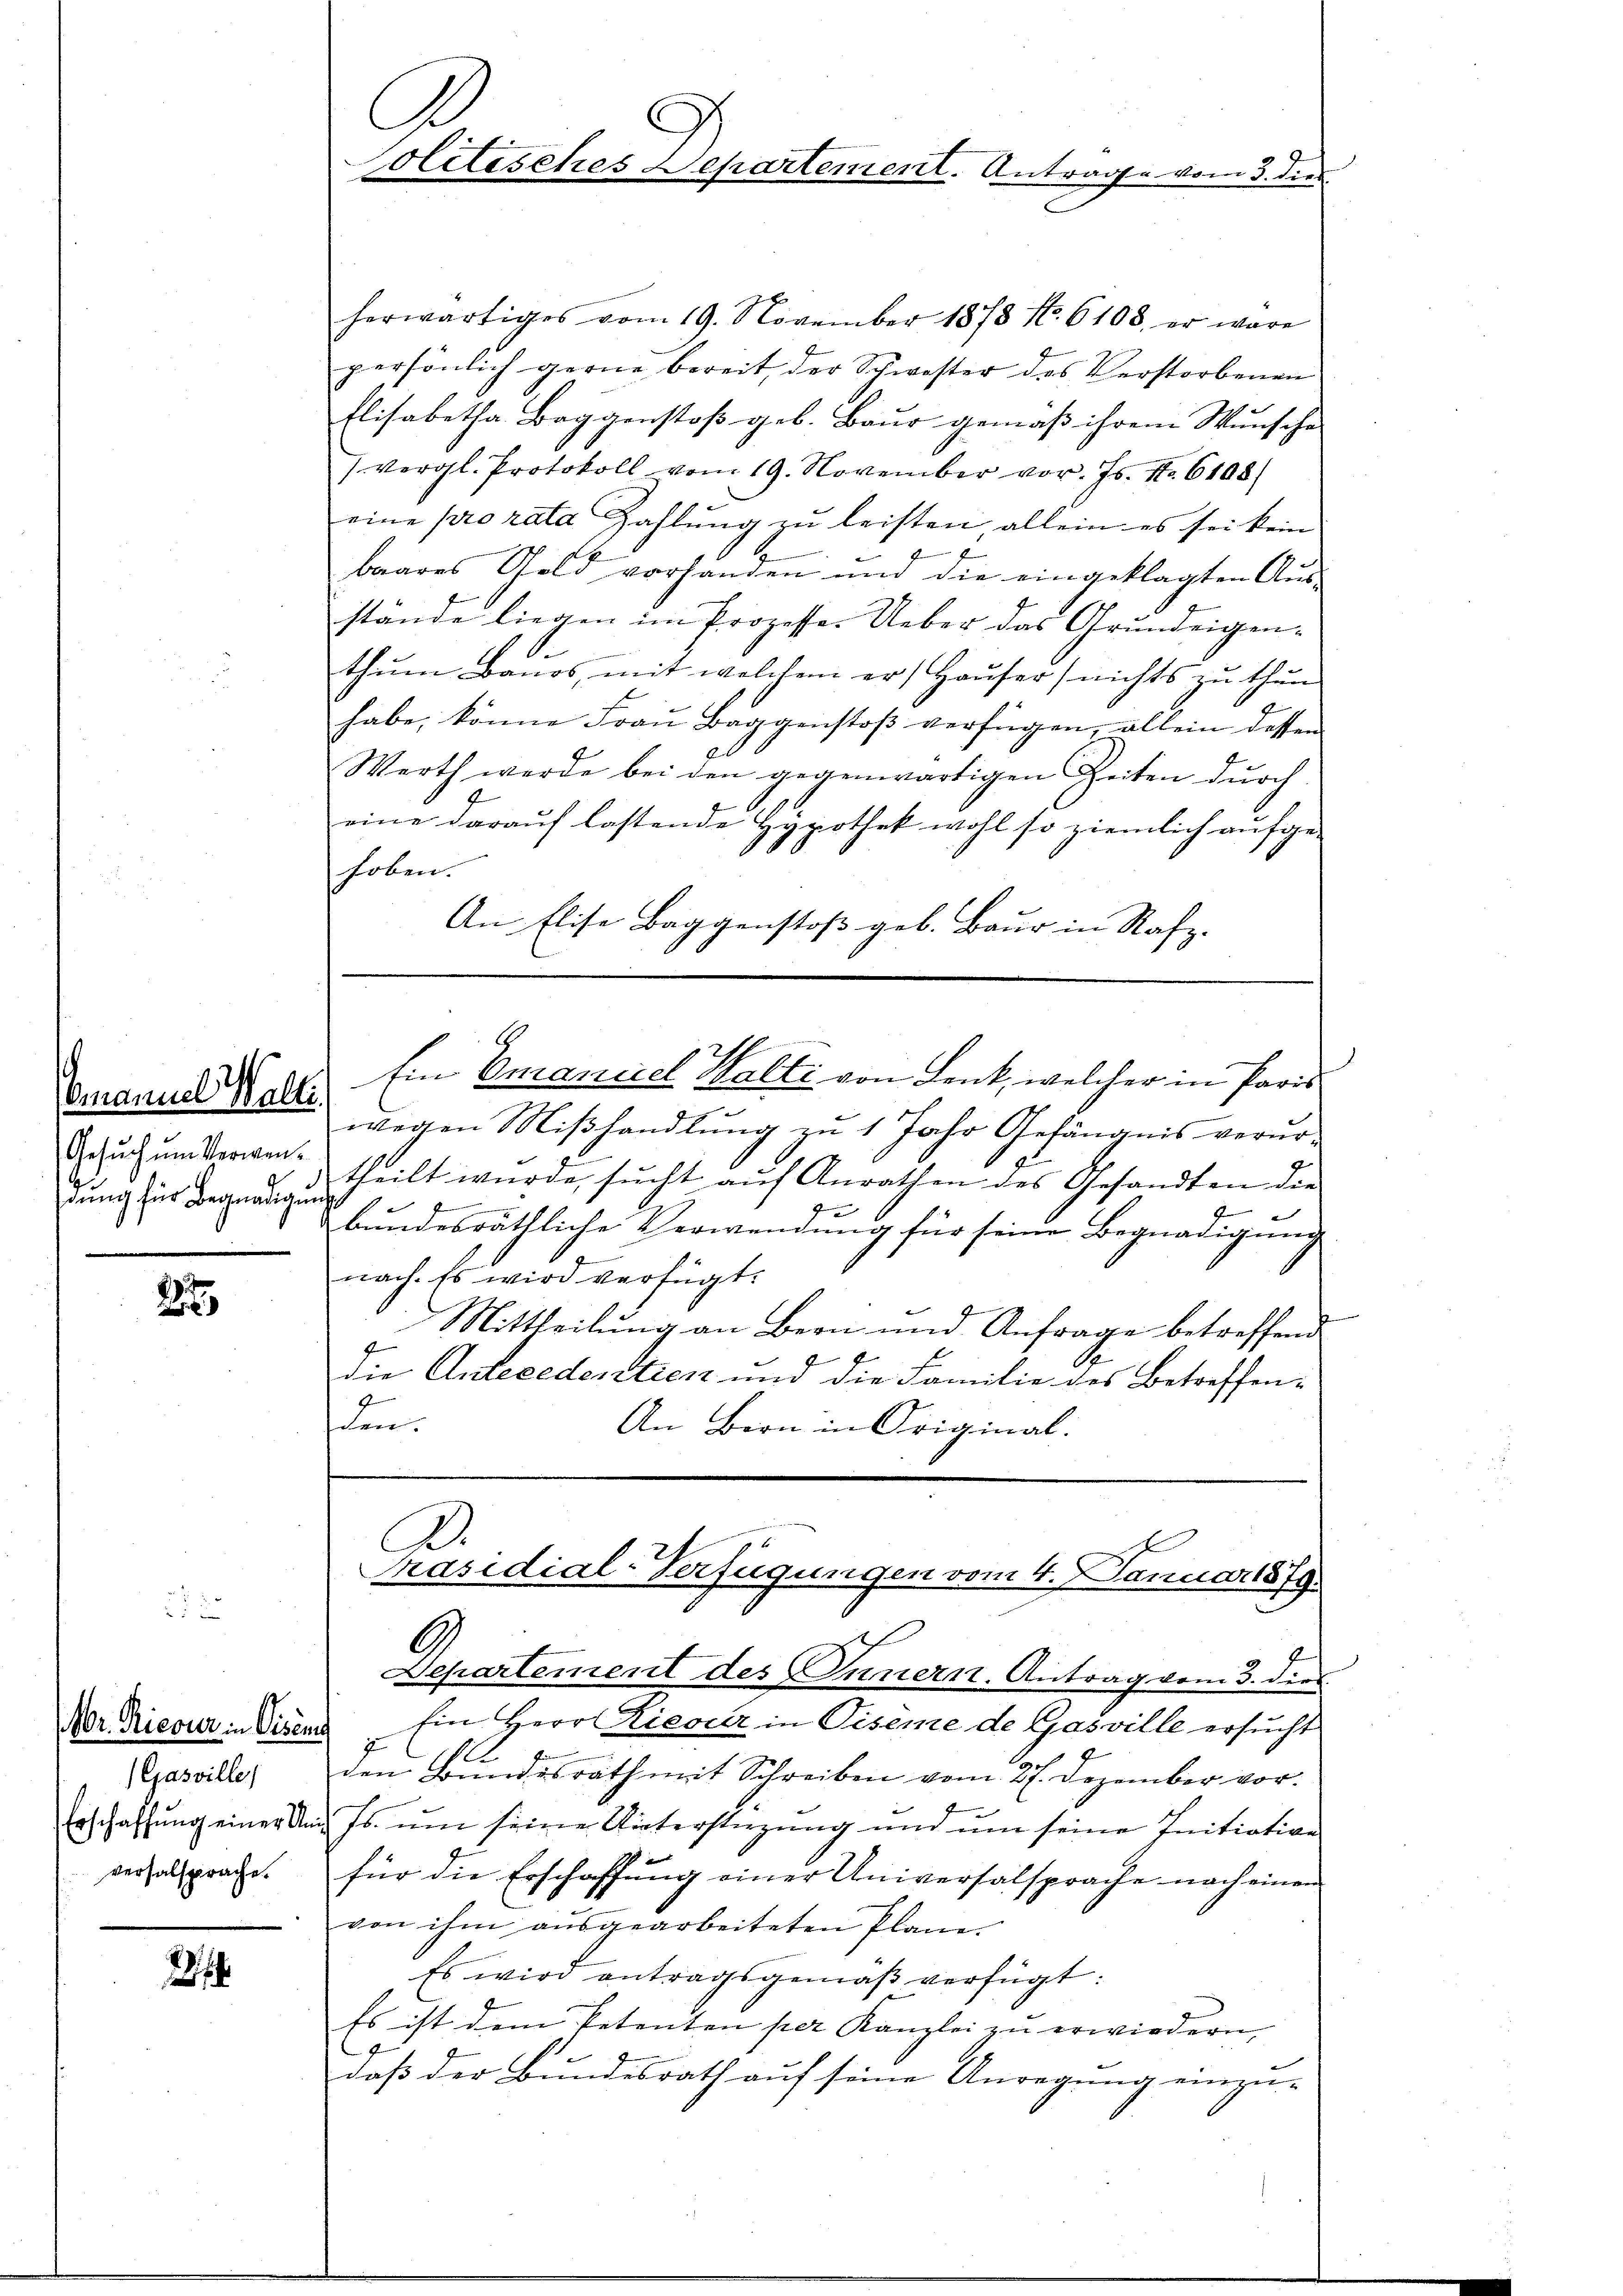
Emanuel Walli
Gesuch um Verwendung für Begnadigun

2

r. Ricour in Pisen
Gasville,
versalsprache.

.

G
Colitisches Departement. Antrage vom 3. dies

Ein Emanuel Walti von Lenk, welcher in Paris

herwärtiges vom 19. November 1878 No. 6108, er wäre
persönlich gerne bereit der Schwester des Verstorbenen
Elisabetha Baggenstoβ geb. Baŭr gemäβ ihrem Wunsche
(vergl. Protokoll vom 19. November vor. Js. No. 6108
eine pro rata Zahlung zu leisten, allein es sei kein
baares Gold vorhanden und die eingeklagten Aus-
stände liegen im Prozesse. Ueber das Grundeigen¬
.
thŭm Banos, mit welchem er Haŭser nichts zu thun
habe, könne Fraŭ Baggenstoβ verfügen, allein dessen
Werth werde bei den gegenwärtigen Zeiten durch
7
eine darauf lastende Hypothek wohl so ziemlich aufge-
hoben.
An Elise Baggenstoß geb. Baur in Rafz-
wegen Mißhandlung zu 1 Jahr Gefängnis verno-
theilt wurde, sŭcht aŭf Anrathen des Gesandten die
s
d
9
bŭndesräthliche Verwendŭng für seine Begnadigŭng
nach. Es wird verfügt:
Mittheilung an Bern und Anfrage betreffend
f
A
die Antecederstien und die Familie des Betreffen-
.
eer.
An Bern in Original.
2
Präsidial-Verfügungen vom 4. Januar 1879.
Departement des Innern. Antrag vom 3. dies
Ein Herr Rieser in Piseme de Gasville ersucht
den Bundesrath mit Schreiben vom 27. Dezember vor.
Erschaffŭng einer And. Js. ŭm seine Unterstüzŭng und ŭm seine Initiation
für die Erschaffung einer Universalsprache nach einen
von ihm aŭsgearbeiteten Plane.
Es wird antragsgemäβ verfügt:
Es ist dem Petenten per Kanzlei zŭ erwiedern,
daß der Bundesrath auf seine Anregung einzu-